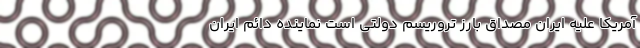
آمریکا علیه ایران مصداق بارز تروریسم دولتی است نماینده دائم ایران